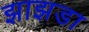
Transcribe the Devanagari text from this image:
झाझडा